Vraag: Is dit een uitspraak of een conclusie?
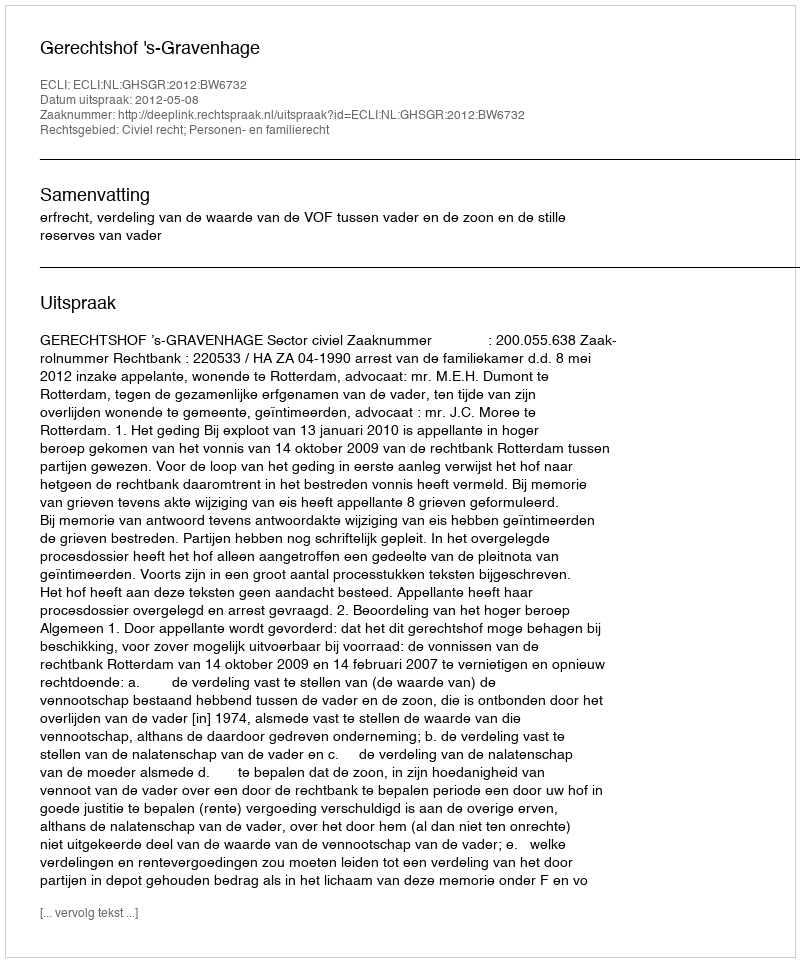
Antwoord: Uitspraak